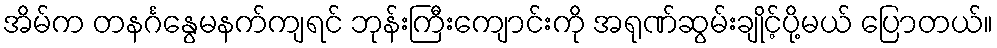
အိမ်က တနင်္ဂနွေမနက်ကျရင် ဘုန်းကြီးကျောင်းကို အရုဏ်ဆွမ်းချိုင့်ပို့မယ် ပြောတယ်။